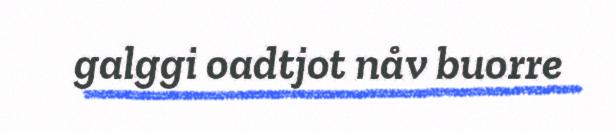
galggi oadtjot nåv buorre